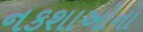
નકશાઓના